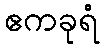
ဧကခုရံ